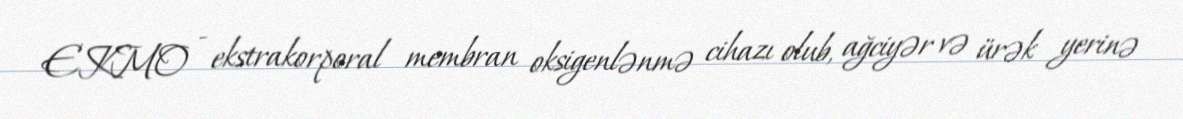
EKMO - ekstrakorporal membran oksigenlənmə cihazı olub, ağciyər və ürək yerinə